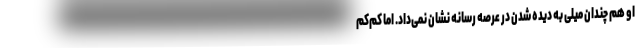
او هم چندان میلی به دیده شدن در عرصه رسانه نشان نمی‌داد. اما کم‌کم